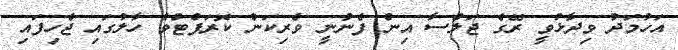
އަހުމަދު ވިދާޅުވީ ރޭގެ ޖަލްސާ އިން ފެނުނީ ވެރިކަން ކޮރަޕްޓްވެ ހާލުގައި ޖެހިފައި